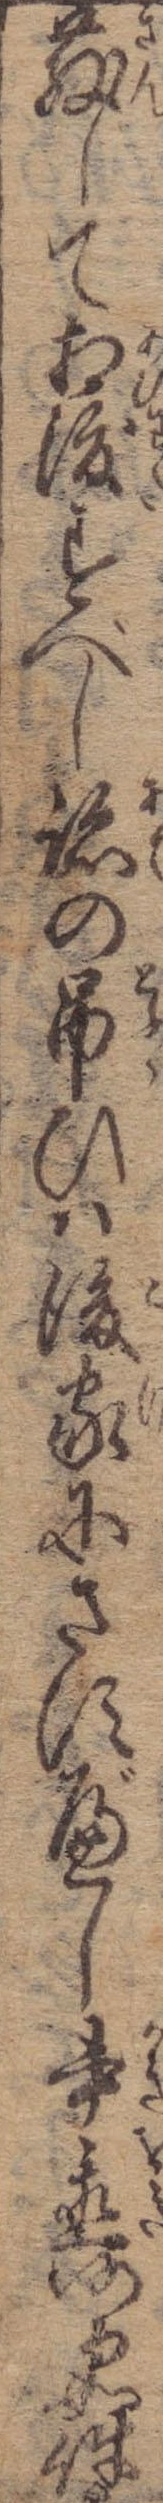
散して相渡すべし跡の吊ひは後家にさすべし書置仍而如件